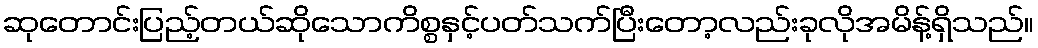
ဆုတောင်းပြည့်တယ်ဆိုသောကိစ္စနှင့်ပတ်သက်ပြီးတော့လည်းခုလိုအမိန့်ရှိသည်။